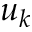
u _ { k }